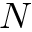
N